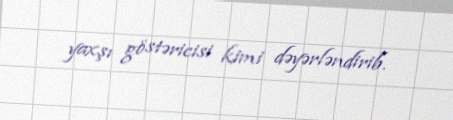
yaxşı göstəricisi kimi dəyərləndirib.